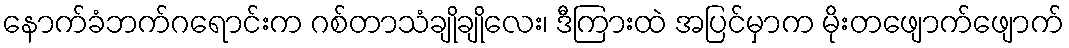
နောက်ခံဘက်ဂရောင်းက ဂစ်တာသံချိုချိုလေး၊ ဒီကြားထဲ အပြင်မှာက မိုးတဖျောက်ဖျောက်